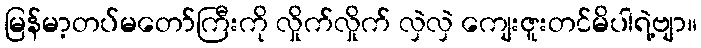
မြန်မာ့တပ်မတော်ကြီးကို လှိုက်လှိုက် လှဲလှဲ ကျေးဇူးတင်မိပါရဲ့ဗျာ။